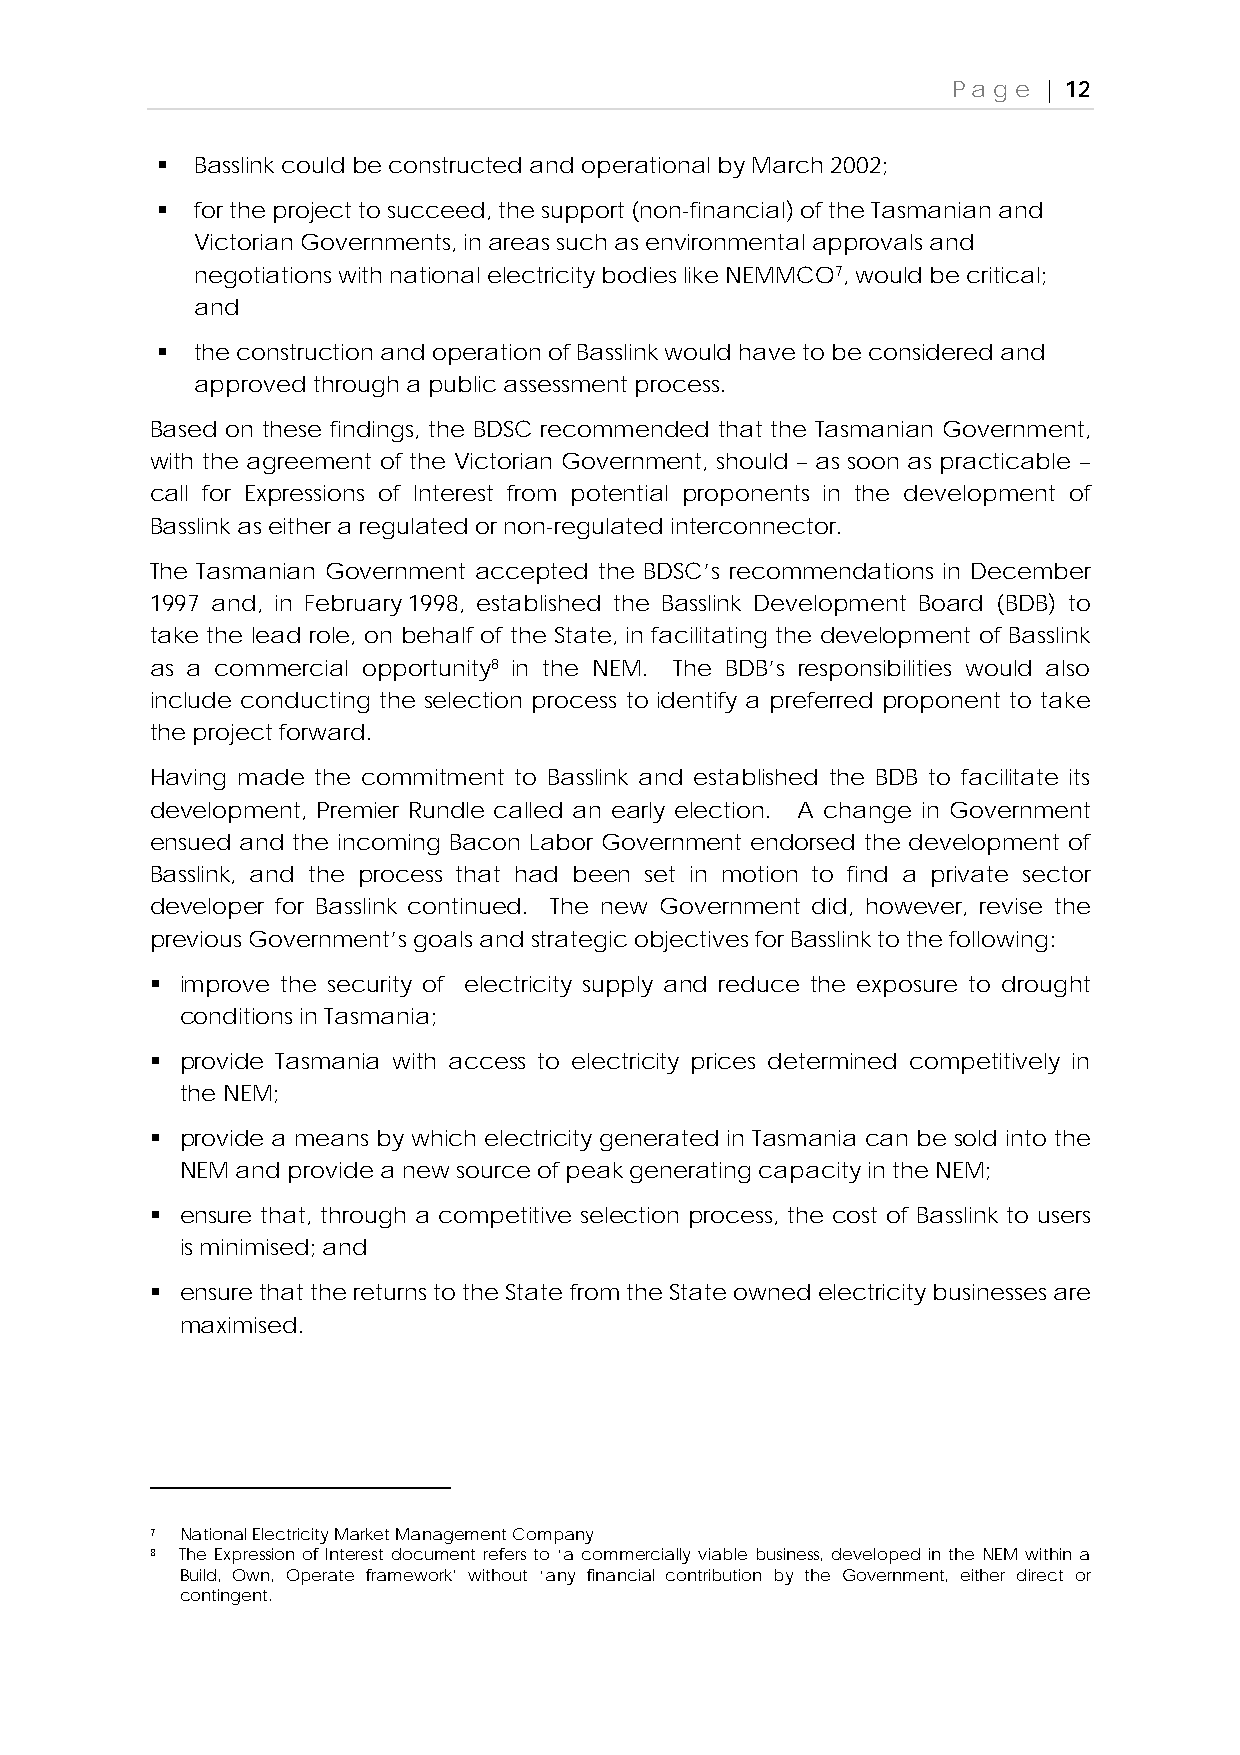
Page  | 12
   Basslink could be constructed and operational by March 2002;
   for the project to succeed, the support (non-financial) of the Tasmanian and
 Victorian Governments, in areas such as environmental approvals and
 negotiations with national electricity bodies like NEMMCO7, would be critical;
 and
   the construction and operation of Basslink would have to be considered and
 approved through a public assessment process.
 Based on these findings, the BDSC recommended that the Tasmanian Government,
 with the agreement of the Victorian Government, should – as soon as practicable –
 call for Expressions of Interest from potential proponents in the development of
 Basslink as either a regulated or non-regulated interconnector.
 The Tasmanian Government accepted the BDSC’s recommendations in December
 1997 and, in February 1998, established the Basslink Development Board (BDB) to
 take the lead role, on behalf of the State, in facilitating the development of Basslink
 as a commercial opportunity8 in the NEM. The BDB’s responsibilities would also
 include conducting the selection process to identify a preferred proponent to take
 the project forward.
 Having made the commitment to Basslink and established the BDB to facilitate its
 development, Premier Rundle called an early election. A change in Government
 ensued and the incoming Bacon Labor Government endorsed the development of
 Basslink, and the process that had been set in motion to find a private sector
 developer for Basslink continued. The new Government did, however, revise the
 previous Government’s goals and strategic objectives for Basslink to the following:
  improve the security of electricity supply and reduce the exposure to drought
 conditions in Tasmania;
  provide Tasmania with access to electricity prices determined competitively in
 the NEM;
  provide a means by which electricity generated in Tasmania can be sold into the
 NEM and provide a new source of peak generating capacity in the NEM;
  ensure that, through a competitive selection process, the cost of Basslink to users
 is minimised; and
  ensure that the returns to the State from the State owned electricity businesses are
 maximised.
 7 National Electricity Market Management Company
 8 The Expression of Interest document refers to ‘a commercially viable business, developed in the NEM within a
 Build, Own, Operate framework’ without ‘any financial contribution by the Government, either direct or
 contingent.